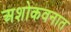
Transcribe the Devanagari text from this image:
अशोकवनात